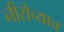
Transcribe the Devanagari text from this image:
नीरोच्याच